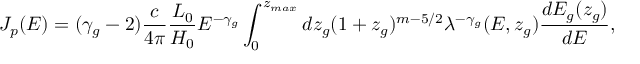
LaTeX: J _ { p } ( E ) = ( \gamma _ { g } - 2 ) \frac { c } { 4 \pi } \frac { { \cal L } _ { 0 } } { H _ { 0 } } E ^ { - \gamma _ { g } } \int _ { 0 } ^ { z _ { m a x } } d z _ { g } ( 1 + z _ { g } ) ^ { m - 5 / 2 } \lambda ^ { - \gamma _ { g } } ( E , z _ { g } ) \frac { d E _ { g } ( z _ { g } ) } { d E } ,